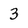
Character: 3